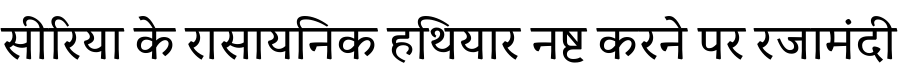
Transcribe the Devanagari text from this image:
सीरिया के रासायनिक हथियार नष्ट करने पर रजामंदी